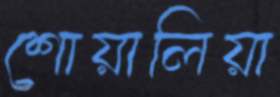
শোয়ালিয়া